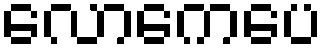
လောကေပေ